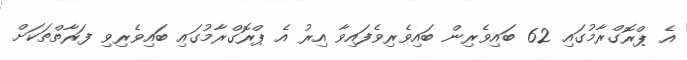
އެ ޕްރޮގްރާމުގައި 62 ބައިވެރިން ބައިވެރިވެފައިވާ އިރު އެ ޕްރޮގްރާމުގައި ބައިވެރިވި ފަރާތްތަކަށް